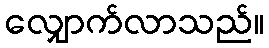
လျှောက်လာသည်။